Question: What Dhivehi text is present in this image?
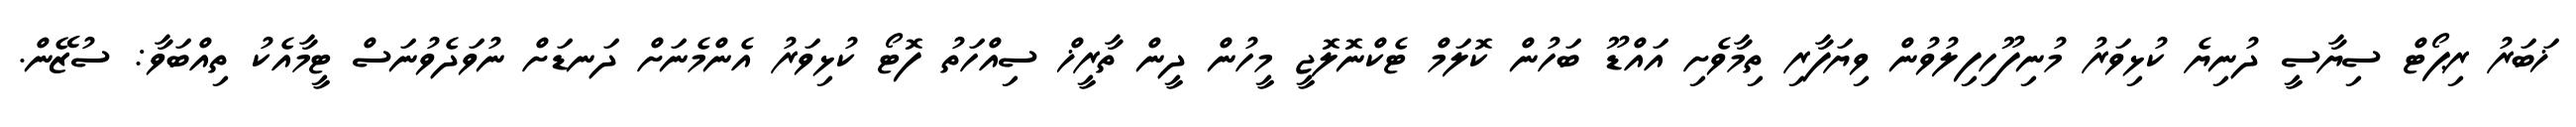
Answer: ޚަބަރު ރިޕޯޓް ސިޔާސީ ދުނިޔެ ކުޅިވަރު މުނިފޫހިފިލުވުން ވިޔަފާރި ތިމާވެށި އައްޑޫ ބަހުން ކޮލަމް ޓެކްނޮލޮޖީ މީހުން ދީން ތާރީޚް ސިއްހަތު ފޮޓޯ ކުޅިވަރު އެންމެނަށް ދަނޑަށް ނުވަދެވުނަސް ޓީމާއެކު ތިއްބަވާ: ސުޒޭން.